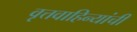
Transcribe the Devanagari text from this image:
वृत्तवाहिन्यांची